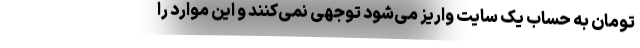
تومان به حساب یک سایت واریز می‌شود توجهی نمی‌کنند و این موارد را